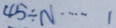
4 5 \div N \cdots 1